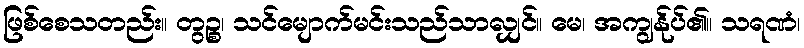
ဖြစ်စေသတည်း။ တွဉ္စ၊ သင်မျောက်မင်းသည်သာလျှင်။ မေ၊ အကျွန်ုပ်၏။ သရဏံ၊